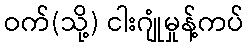
ဝက်(သို့) ငါးဂျုံမှုန့်ကပ်